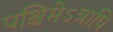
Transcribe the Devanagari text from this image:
पश्चिमेऽत्रापि